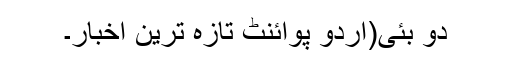
دو بئی(اُردو پوائنٹ تازہ ترین اخبار۔